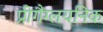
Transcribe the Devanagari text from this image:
प्रीगैंग्लयनिक